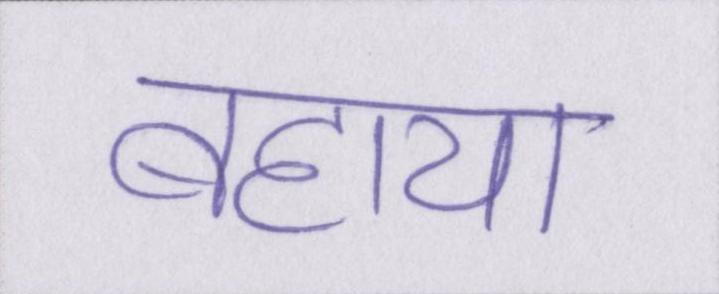
बहाया